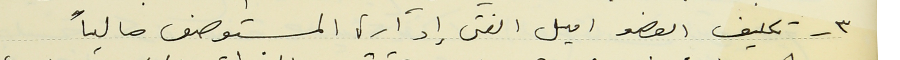
٣ - تكليف العضو اميل الفتى إدارة المستوصف حالياً